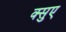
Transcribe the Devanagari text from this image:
क्सुए